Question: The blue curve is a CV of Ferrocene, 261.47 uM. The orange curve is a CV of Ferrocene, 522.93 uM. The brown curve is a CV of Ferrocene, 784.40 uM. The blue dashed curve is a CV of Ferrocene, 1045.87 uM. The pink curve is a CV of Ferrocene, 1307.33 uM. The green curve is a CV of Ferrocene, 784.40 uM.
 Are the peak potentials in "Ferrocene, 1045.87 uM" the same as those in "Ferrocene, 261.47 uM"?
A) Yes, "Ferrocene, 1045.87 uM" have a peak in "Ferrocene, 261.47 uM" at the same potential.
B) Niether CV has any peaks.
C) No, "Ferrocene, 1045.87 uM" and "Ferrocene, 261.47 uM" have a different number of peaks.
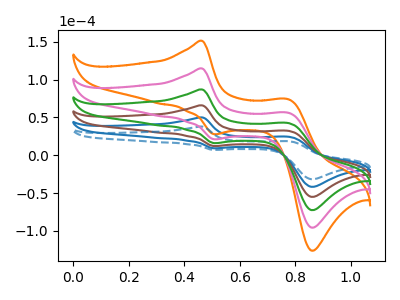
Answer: <think>The blue curve "Ferrocene, 261.47 uM" has anodic peaks at (0.45V, 50.00uA) (0.80V, 24.45uA) and cathodic peaks at (0.50V, 9.20uA) (0.85V, -41.70uA). The orange curve "Ferrocene, 522.93 uM" has anodic peaks at (0.45V, 250.10uA) (0.80V, 122.15uA) and cathodic peaks at (0.50V, 46.00uA) (0.85V, -208.45uA). The brown curve "Ferrocene, 784.40 uM" has anodic peaks at (0.45V, 100.05uA) (0.80V, 48.85uA) and cathodic peaks at (0.50V, 18.40uA) (0.85V, -83.40uA). The blue dashed curve "Ferrocene, 1045.87 uM" has anodic peaks at (0.45V, 37.95uA) (0.80V, 18.55uA) and cathodic peaks at (0.50V, 7.00uA) (0.85V, -31.60uA). The pink curve "Ferrocene, 1307.33 uM" has anodic peaks at (0.45V, 200.10uA) (0.80V, 97.70uA) and cathodic peaks at (0.50V, 36.80uA) (0.85V, -166.75uA). The green curve "Ferrocene, 784.40 uM" has anodic peaks at (0.45V, 150.05uA) (0.80V, 73.30uA) and cathodic peaks at (0.50V, 27.60uA) (0.85V, -125.05uA).</think>
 <answer>A) Yes, "Ferrocene, 1045.87 uM" have a peak in "Ferrocene, 261.47 uM" at the same potential.</answer>
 <eval>A</eval>